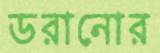
ডরানোর